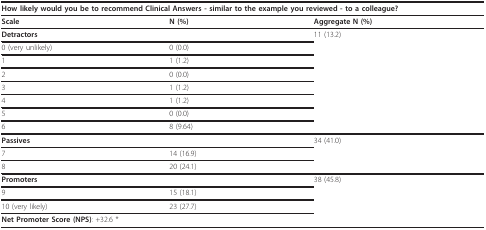
<table><thead><tr><td colspan="3"><b>How likely would you be to recommend Clinical Answers - similar to the example you reviewed - to a colleague?</b></td></tr></thead><tbody><tr><td><b>Scale</b></td><td><b>N (%)</b></td><td><b>Aggregate N (%)</b></td></tr><tr><td colspan="2"><b>Detractors</b></td><td>11 (13.2)</td></tr><tr><td>0 (very unlikely)</td><td>0 (0.0)</td><td></td></tr><tr><td>1</td><td>1 (1.2)</td><td></td></tr><tr><td>2</td><td>0 (0.0)</td><td></td></tr><tr><td>3</td><td>1 (1.2)</td><td></td></tr><tr><td>4</td><td>1 (1.2)</td><td></td></tr><tr><td>5</td><td>0 (0.0)</td><td></td></tr><tr><td>6</td><td>8 (9.64)</td><td></td></tr><tr><td colspan="2"><b>Passives</b></td><td>34 (41.0)</td></tr><tr><td>7</td><td>14 (16.9)</td><td></td></tr><tr><td>8</td><td>20 (24.1)</td><td></td></tr><tr><td colspan="2"><b>Promoters</b></td><td>38 (45.8)</td></tr><tr><td>9</td><td>15 (18.1)</td><td></td></tr><tr><td>10 (very likely)</td><td>23 (27.7)</td><td></td></tr><tr><td colspan="3"><b>Net Promoter Score (NPS)</b>: +32.6 *</td></tr></tbody></table>